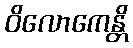
ဝိလောကေန္တိ